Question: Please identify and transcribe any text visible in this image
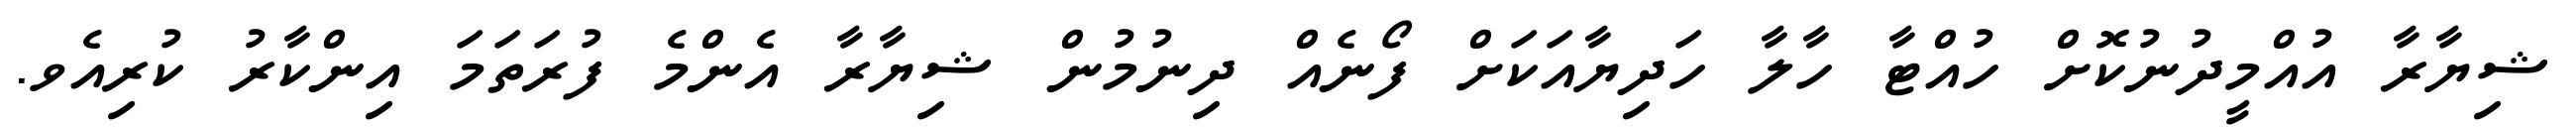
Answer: ޝިޔާރާ އުއްމީދުނުކޮށް ހުއްޓާ ހާލާ ހަދިޔާއަކަށް ފޯނެއް ދިނުމުން ޝިޔާރާ އެންމެ ފުރަތަމަ އިންކާރު ކުރިއެވ.